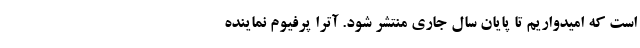
است که امیدواریم تا پایان سال جاری منتشر شود. آترا پرفیوم نماینده